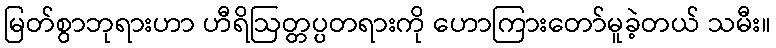
မြတ်စွာဘုရားဟာ ဟီရိဩတ္တပ္ပတရားကို ဟောကြားတော်မူခဲ့တယ် သမီး။